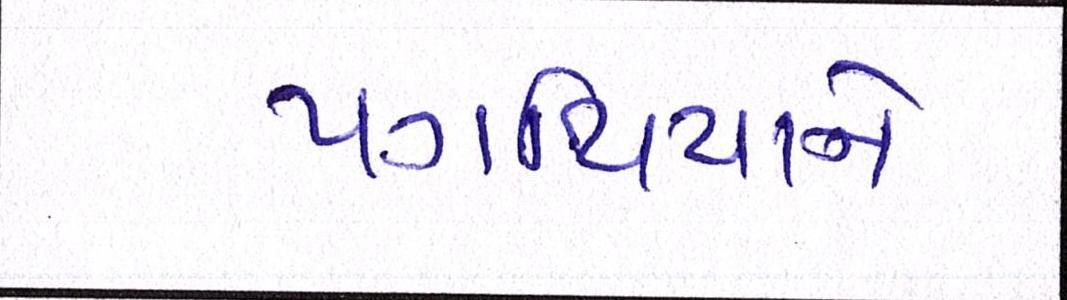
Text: પગથિયાને